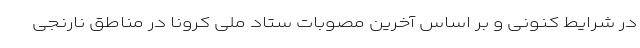
در شرایط کنونی و بر اساس آخرین مصوبات ستاد ملی کرونا در مناطق نارنجی